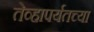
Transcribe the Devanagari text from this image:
तेव्हापर्यतच्या